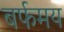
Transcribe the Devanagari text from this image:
बर्फमय